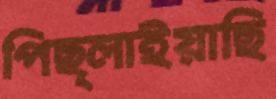
পিছ্‌লাইয়াছি